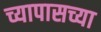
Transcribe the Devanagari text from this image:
च्यापासच्या